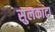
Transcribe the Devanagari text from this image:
सुलकाटा